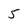
Character: 5